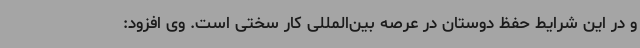
و در این شرایط حفظ دوستان در عرصه بین‌المللی کار سختی است. وی افزود: